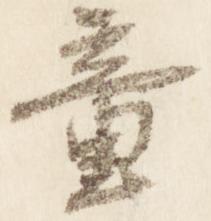
童